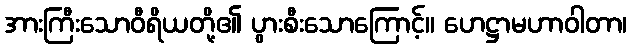
အားကြီးသောဝီရိယတို့၏ ပွားစီးသောကြောင့်။ ဟေဋ္ဌာမဟာဝါတာ၊